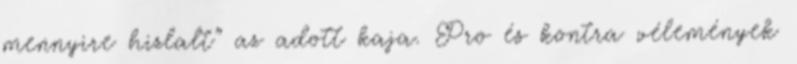
mennyire hizlalt” az adott kaja. Pro és kontra vélemények